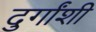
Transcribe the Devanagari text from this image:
दुर्गांशी